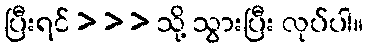
ပြီးရင် > > > သို့ သွားပြီး လုပ်ပါ။